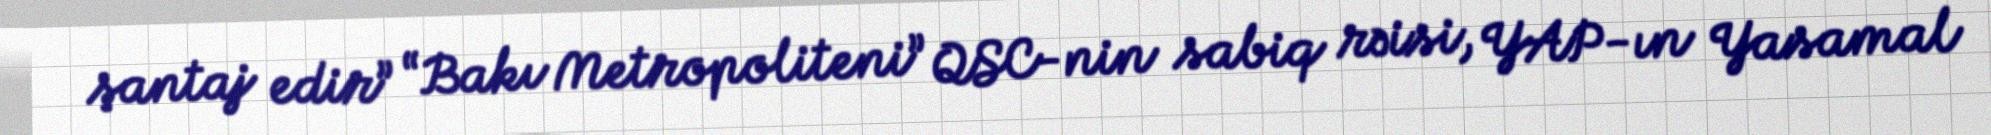
şantaj edir” “Bakı Metropoliteni” QSC-nin sabiq rəisi, YAP-ın Yasamal